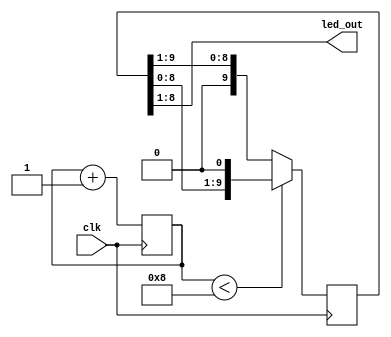
module knight_rider(
    input clk,
    output [7:0] led_out
    );
    
    parameter LEDS_INIT = 10'b1100000000;
    parameter DIR_INIT = 1;
    
    reg [9:0] leds = LEDS_INIT; // register for led output
    reg [3:0] position = DIR_INIT*8; // state counter 0->15 
    reg direction = DIR_INIT;   // direction indicator

    
    always @ (posedge clk) begin
        if (direction == 0) begin 
            leds <= leds << 1;  // bit-shift leds register
        end else begin
            leds <= leds >> 1;  // bit-shift leds register
        end
        position <= position + 1;
    end

    always @ (position) begin       // change direction 
        if (position < 8) begin     // in the second half 
            direction = 0;
        end else begin
            direction = 1;
        end
    end

    assign led_out = leds[8:1]; // wire output and leds register
    
endmodule